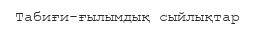
Табиғи-ғылымдық сыйлықтар